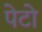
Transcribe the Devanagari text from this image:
पेटो